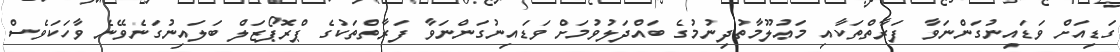
ގަޑިއަށް ވަޑައިނުގަންނަވާ ފަރާތްތަކާއި މަޢުލޫމާތުދިނުމުގެ ބައްދަލުވުމަށް ވަޑައިނުގަންނަވާ ފަރާތްތަކުގެ ޕްރޮޕޯޒަލް ބަލައިނުގަނެވޭނެ ވާހަކަވެސް